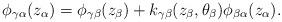
LaTeX: \begin{align*}\phi_{\gamma\alpha}(z_\alpha) = \phi_{\gamma\beta}(z_\beta) + k_{\gamma\beta}(z_\beta,\theta_\beta) \phi_{\beta\alpha}(z_\alpha).\end{align*}